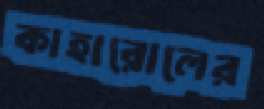
কাহারোলের